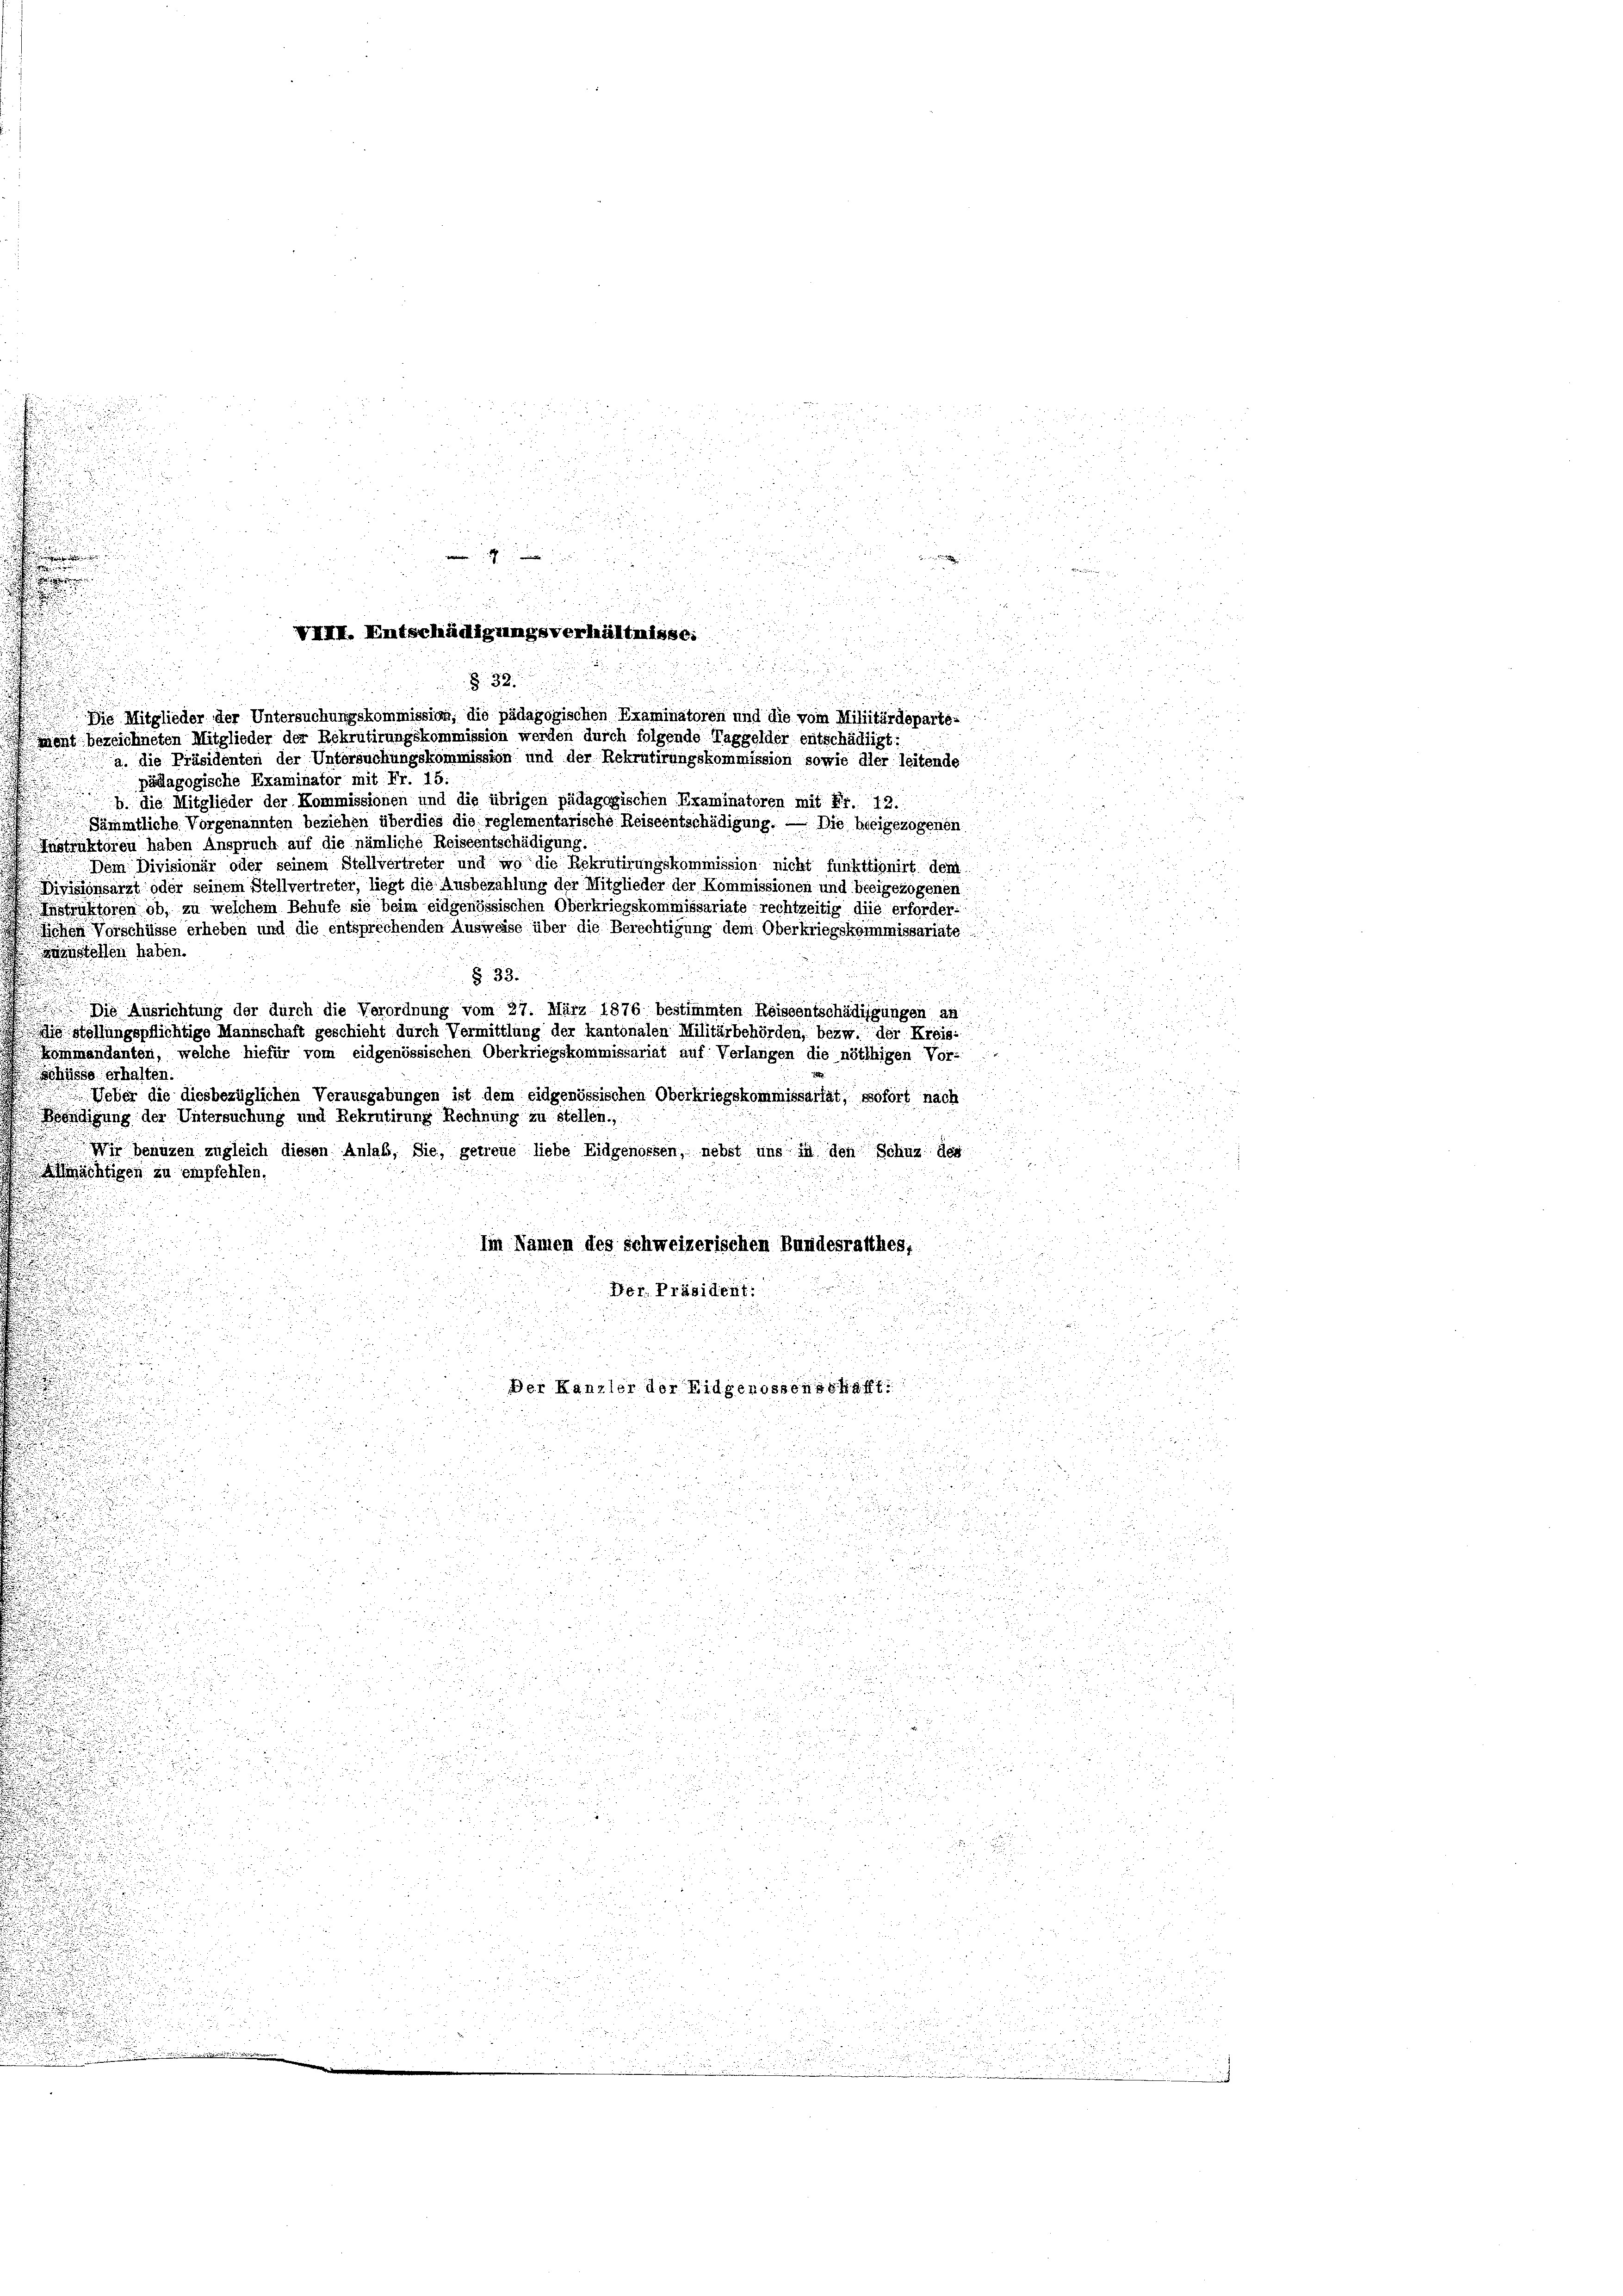
2 x x
e

u

.
 xx
5

x

39
 135
in

u
a
12
d

.

27.
152, 1

25 f 0 x
2
d
e

 0 x
e

d
u

.

i

2
Dis Mitglieder der Untersuchungskommission, die pädagogischen Examinatoren und die vom Militärdeparte-
ment bezeichneten Mitglieder der Rekrutirungskommission werden durch folgende Taggelder entschädigt:
a. die Präsidenten der Untersuchungskommission und der Rekrutirungskommission sowie dier leitende
pädagogische Examinator mit Fr. 15.
b die Mitglieder der Kommissionen und die übrigen pädagogischen Examinatoren mit Fr. 12.

i
Sämmtliche Vorgenannten beziehen überdies die reglementarische Reiseentschädigung. — Die beeigezogenen
.
Instruktoren haben Anspruch auf die nämliche Reiseentschädigung.

Dem Divisionär oder seinem Stellvertreter und wo die Rekrutirungskommission nicht funktionirt dem
Divisionsärzt oder seinem Stellvertreter, liegt die Ausbezahlung der Mitglieder der Kommissionen und beeigezogenen
Instruktoren ob, zu welchem Behufe sie beim eidgenössischen Oberkriegskommissariate rechtzeitig die erforderichen Vorschüsse erheben und die entsprechenden Ausweise über die Berechtigung dem Oberkriegskommissariate
zustellen haben.
§. 33.

 Die Ausrichtung der durch die Verordnung vom 27. März 1876 bestimmten Reiseentschädigungen an
igstellungspflichtige Mannschaft geschieht durch Vermittlung der kantonalen Militärbehörden, bezw. der Kreis-
Kommandanten, welche hiefür vom eidgenössischen Oberkriegskommissariat auf Verlangen die nöthigen Vor-
Schüsse erhalten.
d.
Ueber die diesbezüglichen Verausgabungen ist dem eidgenössischen Oberkriegskommissartät, sofort nach

.
 Beendigung der Untersuchung und Rekrutirung Rechnung zu stellen.
2

e
Wir benuzen zugleich diesen Anlaß, Sie, getreue liebe Eidgenossen, nebst uns in den Schuz des

Amächtigen zu empfehlen.

d

Ein Namen des schweizerischen Bundesrathes;
u
Der. Präsident.

u

Der Kanzler der Eidgenossenschaft.

.

8
d

n

n
.
2
x

d

i
.

i
n

2

.

d

u

7
e

r
.

.

50 f 0 x
.

d

.

2 x

n

u

15
5

 24 x
1

i

u

VIII. Entschädigungsverhältnisse:
§ 32.